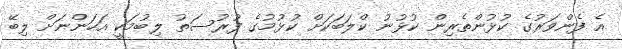
އެ ފެންވަރުގެ ކުޅުންތެރިން ކުޅުނު ކްލަބަކަށް ކުޅުމުގެ ފުރުސަތު ލިބުމަކީ އަހަންނަށް ލިބޭ